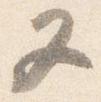
又